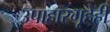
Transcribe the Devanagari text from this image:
उपाहारगृहेही